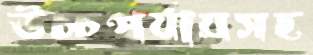
উচ্চপর্যায়সহ